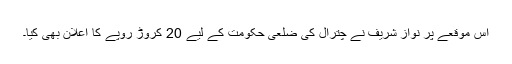
اس موقعے پر نواز شریف نے چترال کی ضلعی حکومت کے لیے 20 کروڑ روپے کا اعلان بھی کیا۔